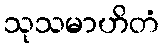
သုသမာဟိတံ